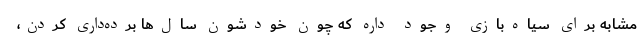
مشابه برای سیاه‌بازی وجود داره که چون خودشون سال‌ها برده‌داری کردن،